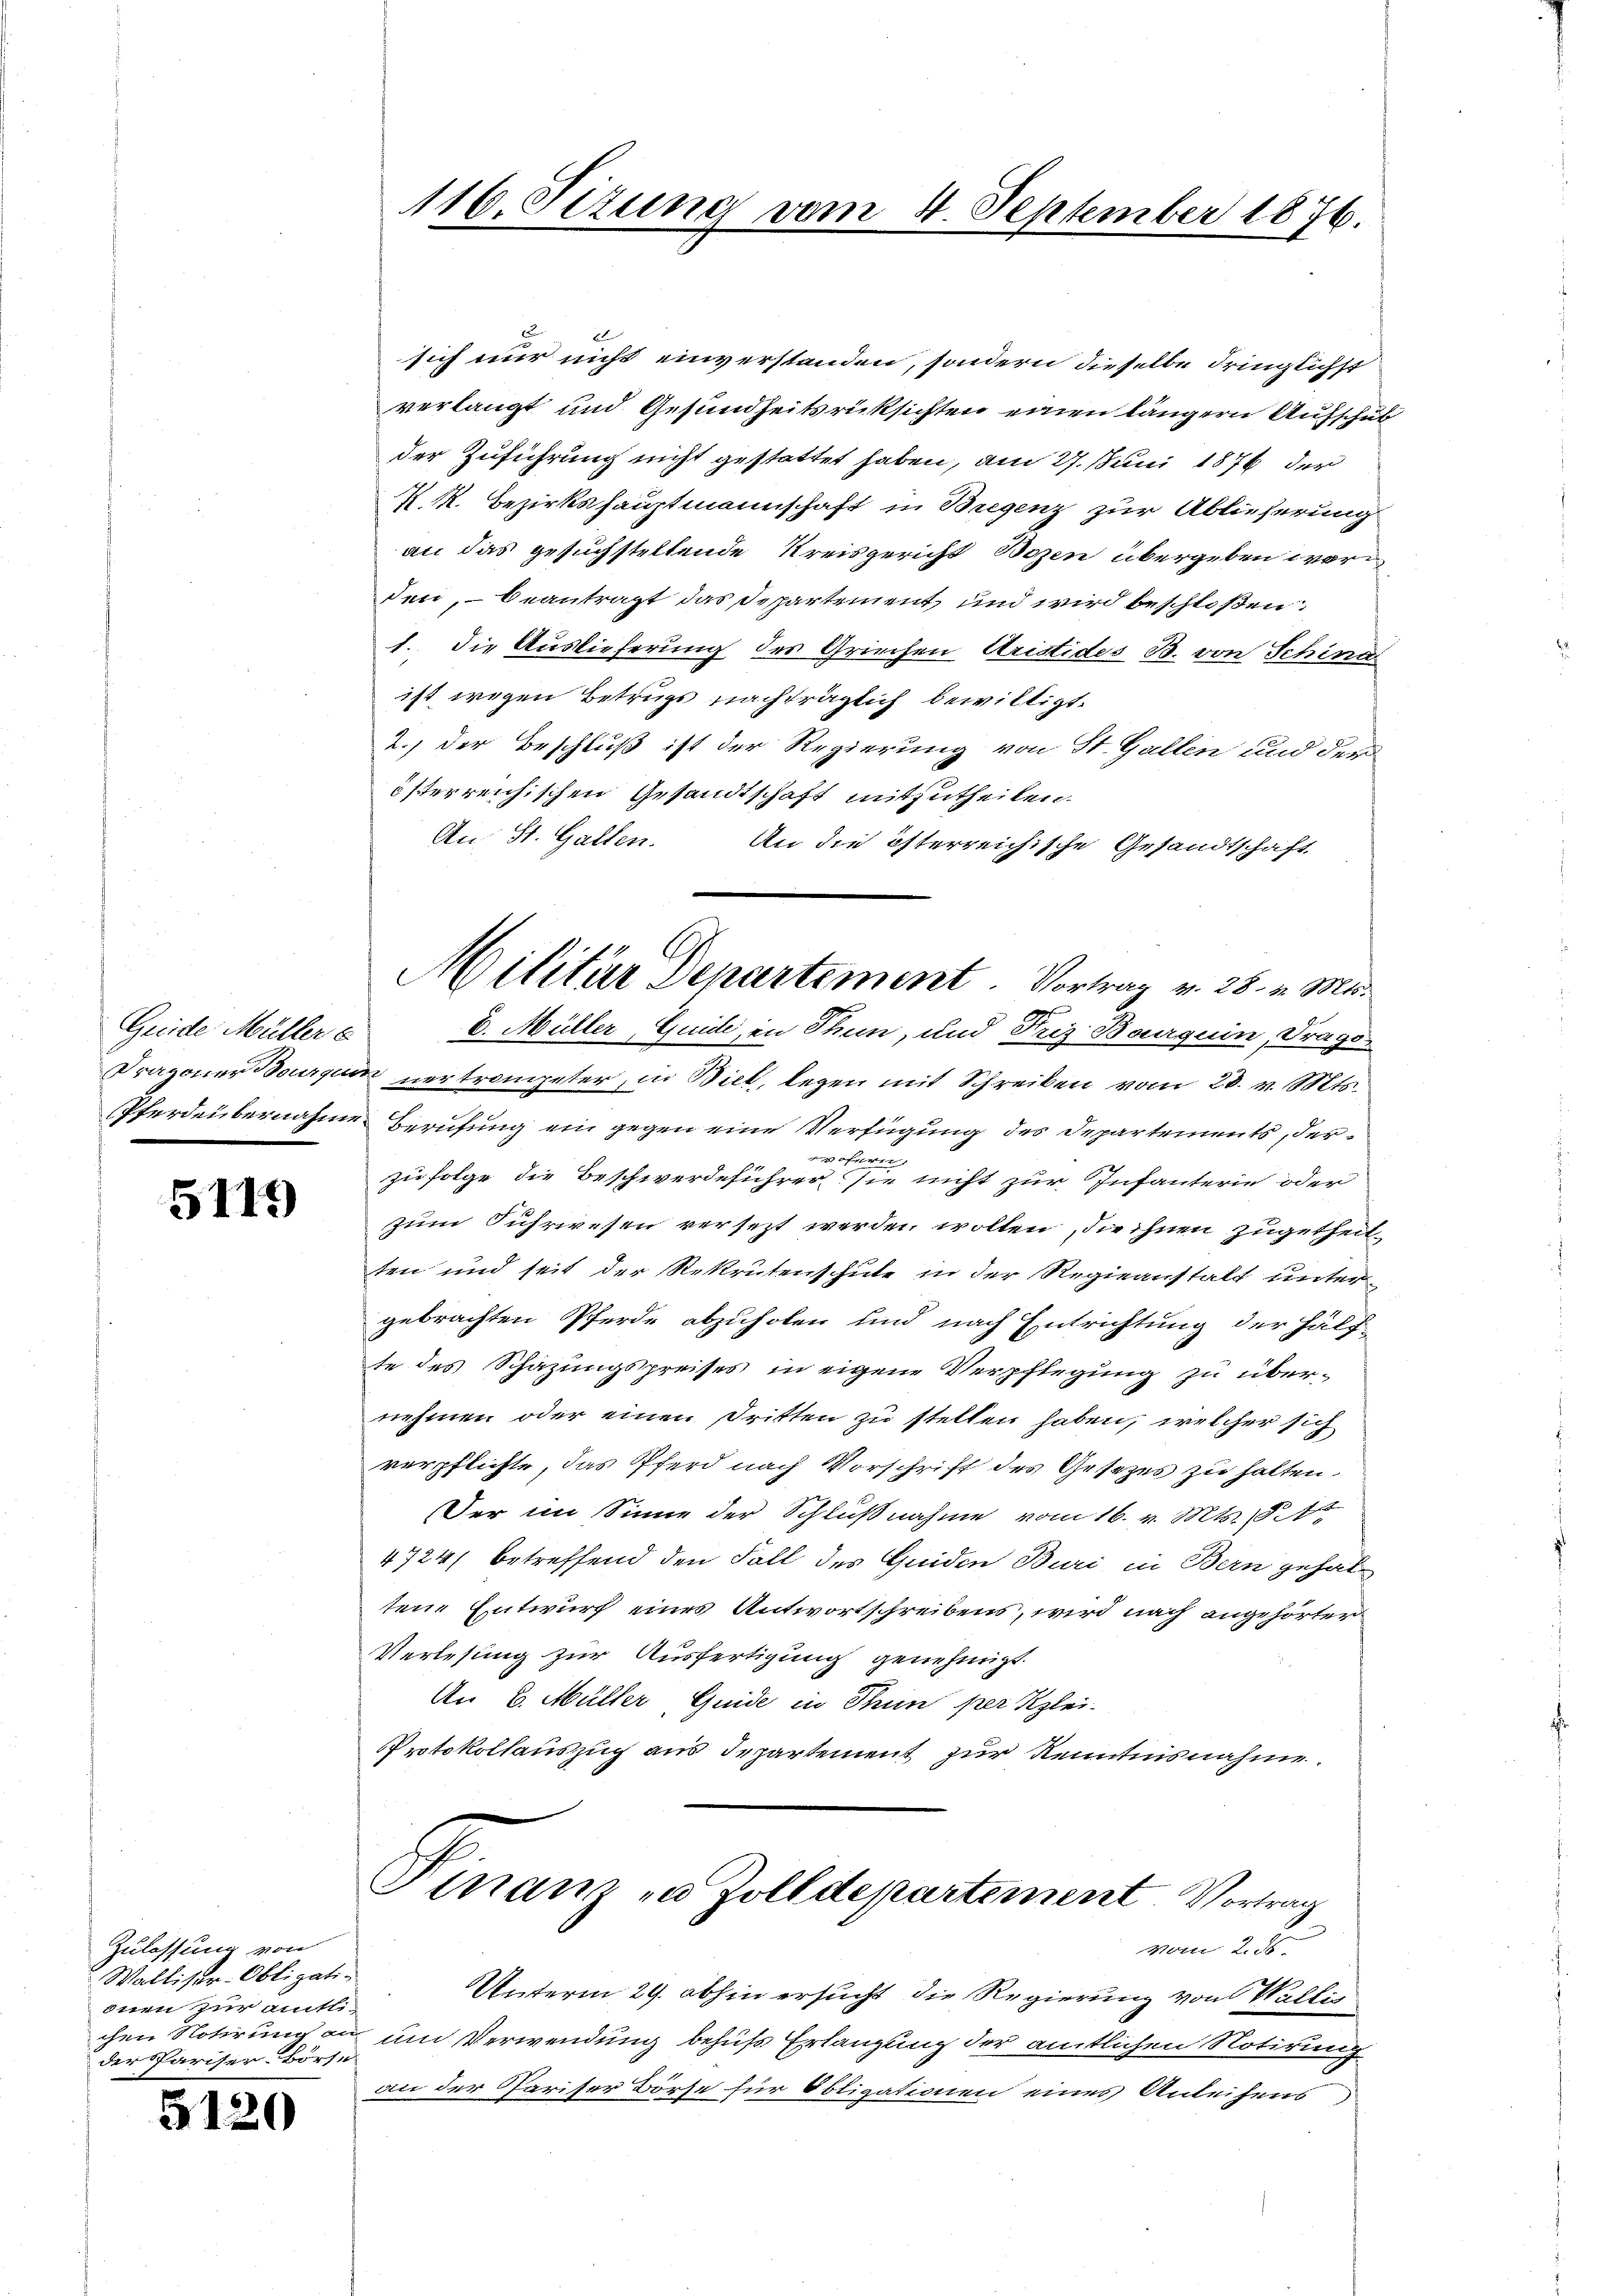
Greide Müller e

5115

Zulassung von
Walliser-Obligatiinen zur amtlider Pariser-Börse

5120

12
sich nur nicht einverstanden, sondern dieselbe dringlichst
verlangt und Gesundheitsrücksichten einen längern Aufschub
der Zuführung nicht gestattet haben, am 27. Juni 1876 der
X kk. Bezirkshauptmannschaft in Bregenz zur Ablieferung
an das gesuchstellende Kreisgericht Bozen übergeben worden, – beantragt das Departement und wird beschloßen:
1. Die Auslieferung der Griechen Aristides B. von Schina
ist wegen Betrugs nachträglich bewilligt.
2.) Der Beschluß ist der Regierung von St. Gallen und der
österreichischen Gesandtschaft mitzutheilen.
An St. Gallen.
An die österreichische Gesandtschaft
C. Müller, Guide, in Thun, und Friz Bauguin, Frage
Dragoner Boursum vertrompeter, in Biel, legen mit Schreiben vom 28. v. Mts.
PPferdenbernahme Berufung ein gegen eine Verfügung des Departements, derzu folge die Beschwerdeführer sie nicht zur Infanterie oder
zum Fuhrwesen versezt werden wollen, die ihnen zugetheilten und seit der Rekrutenschule in der Regieanstalt unter
gebrachten Pferde abzuholen und nach Entrichtung der Hälf
te des Schazungspreises in eigene Verpflegung zu übernehmen oder einen Dritten zu stellen haben, welcher sich
verpflichte, das Pferd nach Vorschrift des Gesetzes zu halten.
Der im Sinne der Schlußnahme vom 16. v. Mts. 1844
4724/ betreffend den Fall des Quiden Buri in Bern gehaltene Entwurf eines Antwortschreibens, wird nach angehörter
Verlesung zur Ausfertigung genehmigt.
An 6. Müller, Guide in Thun per Klei-
Protokollauszug aus Departement zur Kenntnisnahme
Finanz zu Zolldepartement. Vortrag
vom 2. 55
Unterm 29. abhin ersucht die Regierung von Wallis
chen Notirung an um Verwendung behufs Erlangung der amtlichen Notirung
an der Pariser Börse für Obligationen eines Anleihens,

116. Sizung vom 4. September 1876.

Militär Departement. Vortrag v. 28. v. Mts.